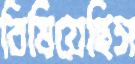
বিষিয়েছিস